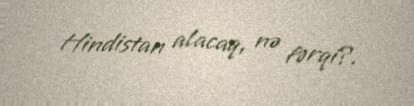
Hindistan alacaq, nə fərqi?.